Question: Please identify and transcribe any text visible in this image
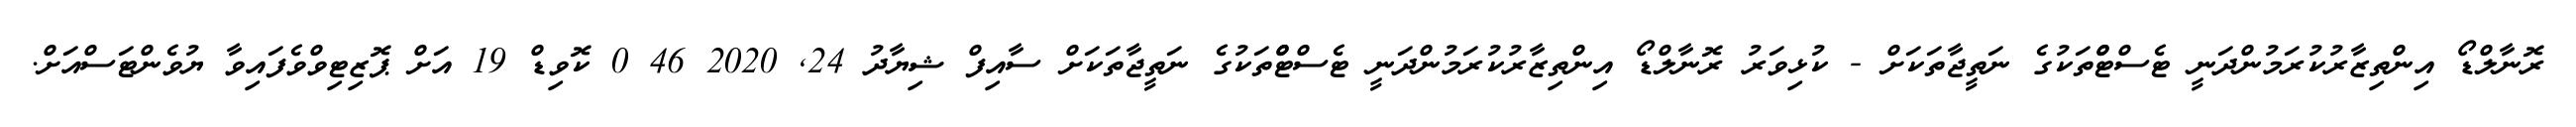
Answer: ރޮނާލްޑޯ އިންތިޒާރުކުރަމުންދަނީ ޓެސްޓްްތަކުގެ ނަތީޖާތަކަށް - ކުޅިވަރު ރޮނާލްޑޯ އިންތިޒާރުކުރަމުންދަނީ ޓެސްޓްްތަކުގެ ނަތީޖާތަކަށް ސާއިފް ޝިޔާދު 24, 2020 46 0 ކޮވިޑް 19 އަށް ޕޮޒިޓިވްވެފައިވާ ޔުވެންޓަސްއަށް.